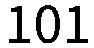
101